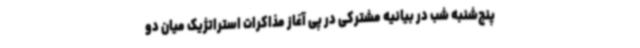
پنج‌شنبه شب در بیانیه مشترکی در پی آغاز مذاکرات استراتژیک میان دو